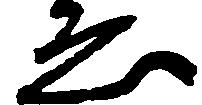
ゑ